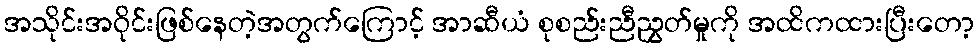
အသိုင်းအဝိုင်းဖြစ်နေတဲ့အတွက်ကြောင့် အာဆီယံ စုစည်းညီညွှတ်မှုကို အထိကထားပြီးတော့